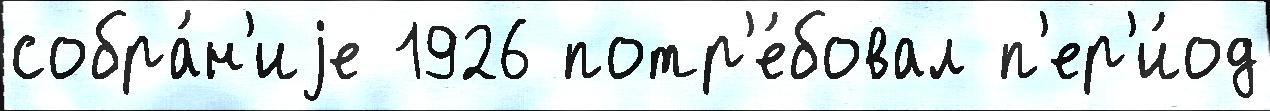
собра́н'иjе 1926 потр'е́бовал п'ер'и́од